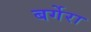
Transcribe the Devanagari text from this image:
बर्गेरा